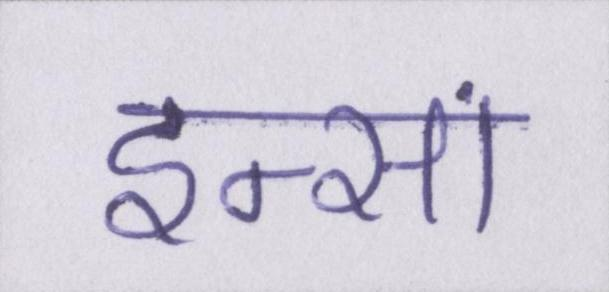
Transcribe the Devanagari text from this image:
इन्सां